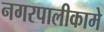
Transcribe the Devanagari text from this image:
नगरपालीकामे